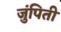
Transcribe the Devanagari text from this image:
जुंपिती